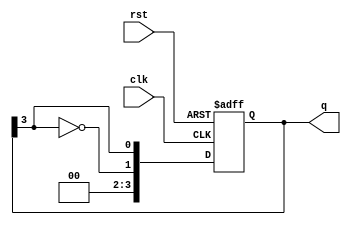
module johnson_counter (
    input wire clk,          // Clock signal
    input wire rst,          // Asynchronous reset signal
    output reg [n-1:0] q     // Output of the counter
);
    parameter n = 4;         // Number of flip-flops (can be changed as needed)

    always @(posedge clk or posedge rst) begin
        if (rst) begin
            q <= 0;          // Reset counter to 0
        end else begin
            // Johnson Counter Logic
            // Shift: q[0] gets the inverted value of q[n-1]
            q <= {~q[n-1], q[n-1:n-1]}; // Shift with feedback
        end
    end
endmodule